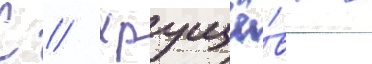
С // Хрущё́ва в